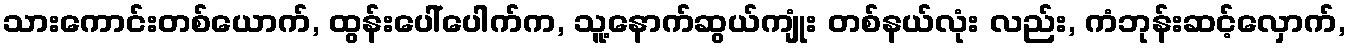
သားကောင်းတစ်ယောက်, ထွန်းပေါ်ပေါက်က, သူ့နောက်ဆွယ်ကျုံး တစ်နယ်လုံး လည်း, ကံဘုန်းဆင့်လှောက်,